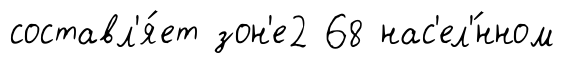
составл'я́ет зон'е2 68 нас'ел'́нном